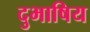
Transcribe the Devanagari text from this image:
दुभाषिय